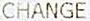
CHANGE